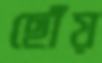
ছোঁয়